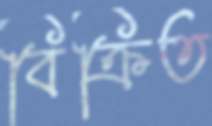
বিক্রিত